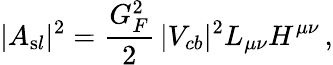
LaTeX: |A_{\mathrm sl}|^{2}=\frac{G_{F}^{2}}{2}\, |V_{cb}|^{2}L_{\mu\nu}H^{\mu\nu}\, ,